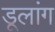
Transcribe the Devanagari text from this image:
डूलांग